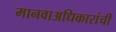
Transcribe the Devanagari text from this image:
मानवाअधिकारांची